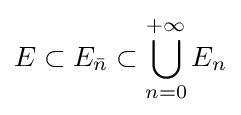
E\subset E_{\bar {n}}\subset \bigcup _{n=0}^{+\infty }E_{n}